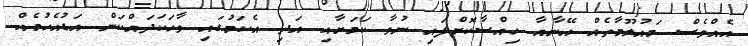
އެއްވެސް މައުލޫމާތެއް އޭނާއާ ހިއްސާކޮށްފައި ނުވާ ކަމަށާއި އަދި އެކަމުގައި ވާހަަކަދައްކަން އަޑުއެހުމެއް